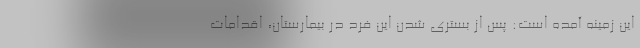
این زمینه آمده است: پس از بستری شدن این فرد در بیمارستان، اقدامات